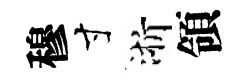
穆寸浙領